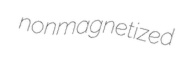
nonmagnetized